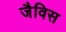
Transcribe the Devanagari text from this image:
जैविस